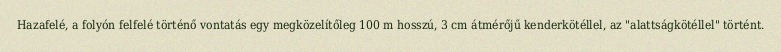
Hazafelé, a folyón felfelé történő vontatás egy megközelítőleg 100 m hosszú, 3 cm átmérőjű kenderkötéllel, az "alattságkötéllel" történt.